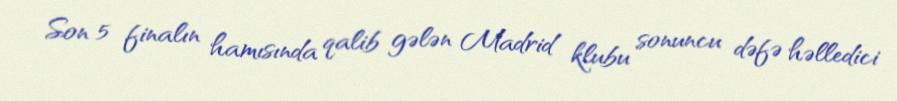
Son 5 finalın hamısında qalib gələn Madrid klubu sonuncu dəfə həlledici